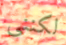
لكننى